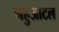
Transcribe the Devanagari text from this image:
नहुआटल